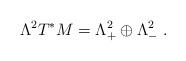
LaTeX: \begin{align*} \Lambda^2T^*M=\Lambda^2_+\oplus\Lambda^2_-\ .\end{align*}